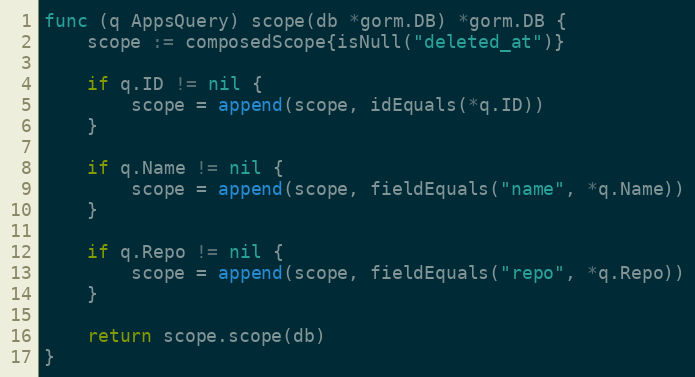
Language: Go
func (q AppsQuery) scope(db *gorm.DB) *gorm.DB {
	scope := composedScope{isNull("deleted_at")}

	if q.ID != nil {
		scope = append(scope, idEquals(*q.ID))
	}

	if q.Name != nil {
		scope = append(scope, fieldEquals("name", *q.Name))
	}

	if q.Repo != nil {
		scope = append(scope, fieldEquals("repo", *q.Repo))
	}

	return scope.scope(db)
}